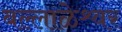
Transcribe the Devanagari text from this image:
बल्लाळेश्र्वर